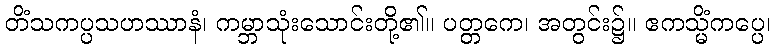
တိံသကပ္ပသဟဿာနံ၊ ကမ္ဘာသုံးသောင်းတို့၏။ ပတ္တကေ၊ အတွင်း၌။ ဧကသ္မိံကပ္ပေ၊